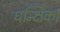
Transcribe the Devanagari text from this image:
धन्क्षिका